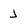
Character: J